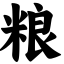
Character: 粮